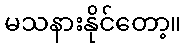
မသနားနိုင်တော့။